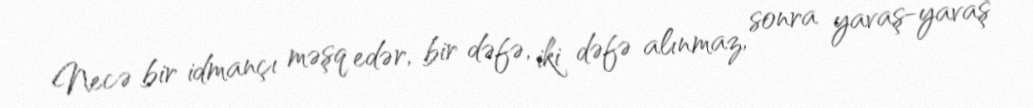
Necə bir idmançı məşq edər, bir dəfə, iki dəfə alınmaz, sonra yavaş-yavaş